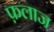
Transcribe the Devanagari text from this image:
फ़लाज